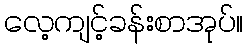
လေ့ကျင့်ခန်းစာအုပ်။